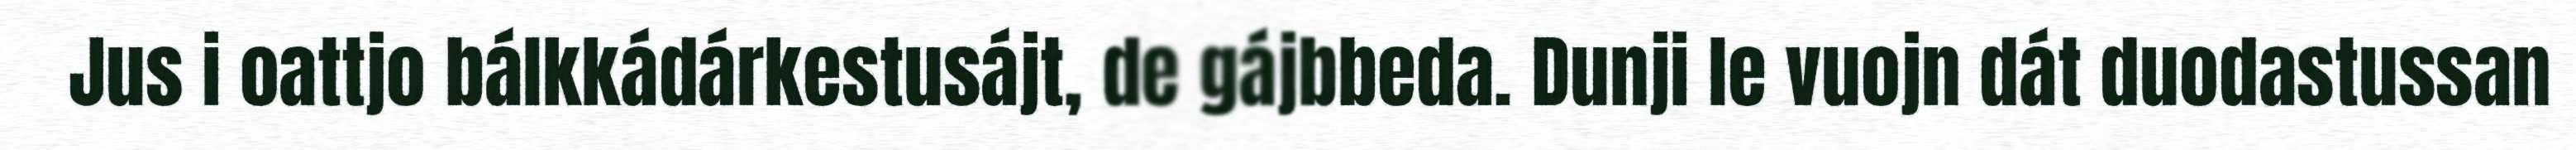
Jus i oattjo bálkkádárkestusájt, de gájbbeda. Dunji le vuojn dát duodastussan